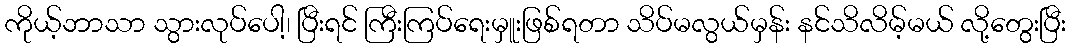
ကိုယ့်ဘာသာ သွားလုပ်ပေါ့၊ ပြီးရင် ကြီးကြပ်ရေးမှူးဖြစ်ရတာ သိပ်မလွယ်မှန်း နင်သိလိမ့်မယ် လို့တွေးပြီး